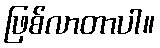
ဖြစ်လာတာပါ။